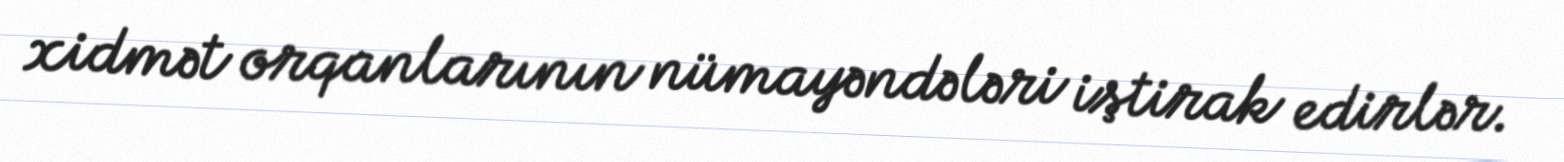
xidmət orqanlarının nümayəndələri iştirak edirlər.